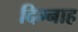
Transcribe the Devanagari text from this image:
दिम्नाह